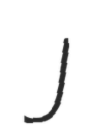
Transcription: J